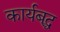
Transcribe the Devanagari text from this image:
कार्यबद्ध